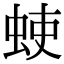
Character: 𫊳